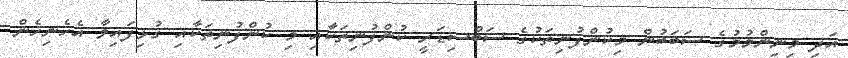
އަދި މިނިންމުމުގެ ސަބަބުން މިކުންފުނިތަކުގެ ސަބްސިޑަރީ ކުންފުނިތަކާއި މި ކުންފުނިތަކާއި ގުޅިފައިވާ އެހެނިހެން